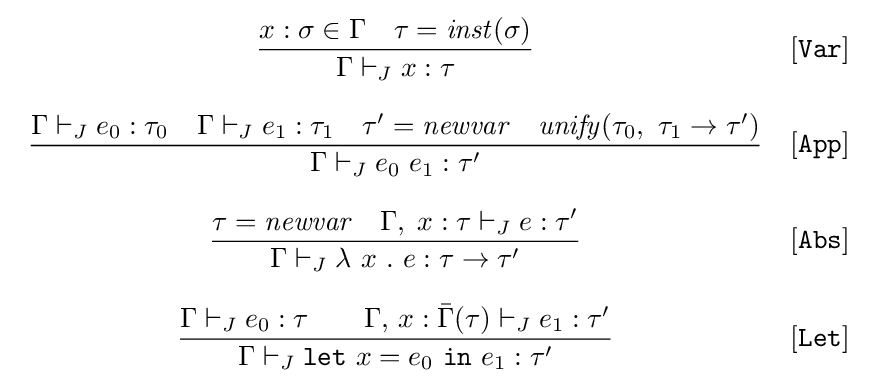
{\begin{array}{cl}\displaystyle {\frac {x:\sigma \in \Gamma \quad \tau ={\mathit {inst}}(\sigma )}{\Gamma \vdash _{J}x:\tau }}&[{\mathtt {Var}}]\\\\\displaystyle {\frac {\Gamma \vdash _{J}e_{0}:\tau _{0}\quad \Gamma \vdash _{J}e_{1}:\tau _{1}\quad \tau '={\mathit {newvar}}\quad {\mathit {unify}}(\tau _{0},\ \tau _{1}\rightarrow \tau ')}{\Gamma \vdash _{J}e_{0}\ e_{1}:\tau '}}&[{\mathtt {App}}]\\\\\displaystyle {\frac {\tau ={\mathit {newvar}}\quad \Gamma ,\;x:\tau \vdash _{J}e:\tau '}{\Gamma \vdash _{J}\lambda \ x\ .\ e:\tau \rightarrow \tau '}}&[{\mathtt {Abs}}]\\\\\displaystyle {\frac {\Gamma \vdash _{J}e_{0}:\tau \quad \quad \Gamma ,\,x:{\bar {\Gamma }}(\tau )\vdash _{J}e_{1}:\tau '}{\Gamma \vdash _{J}{\mathtt {let}}\ x=e_{0}\ {\mathtt {in}}\ e_{1}:\tau '}}&[{\mathtt {Let}}]\end{array}}